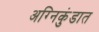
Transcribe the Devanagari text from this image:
अग्निकुंडात